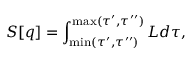
S [ q ] = \int _ { \operatorname * { m i n } ( \tau ^ { \prime } , \tau ^ { \prime \prime } ) } ^ { \operatorname * { m a x } ( \tau ^ { \prime } , \tau ^ { \prime \prime } ) } L d \tau ,